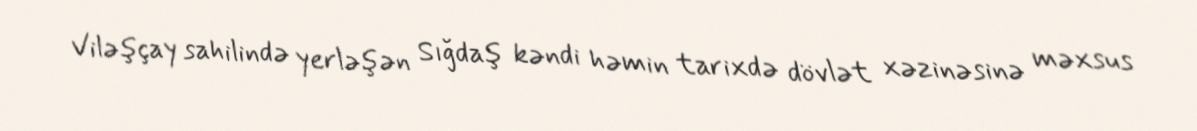
Viləşçay sahilində yerləşən Sığdaş kəndi həmin tarixdə dövlət xəzinəsinə məxsus